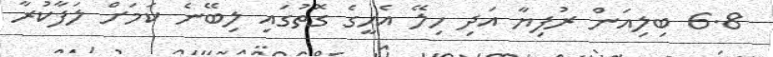
6.8 ބިލިއަން ރުފިޔާ އަދި ހިލޭ އެހީގެ ގޮތުގައި ލިބޭނެ ކަމަށް ލަފާކުރާ